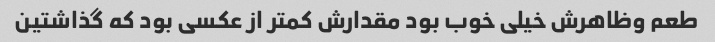
طعم وظاهرش خیلی خوب بود مقدارش کمتر از عکسی بود که گذاشتین